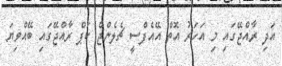
އަދި ރާއްޖޭގައި މި އަހަރު އޮތް އޭއެފްސީ ޗެލެންޖް ކަޕް ރާއްޖޭގައި ބޭއްވިޔަ